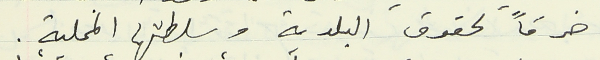
خرقاً لحقوق البلدية وسلطتها المحلية.